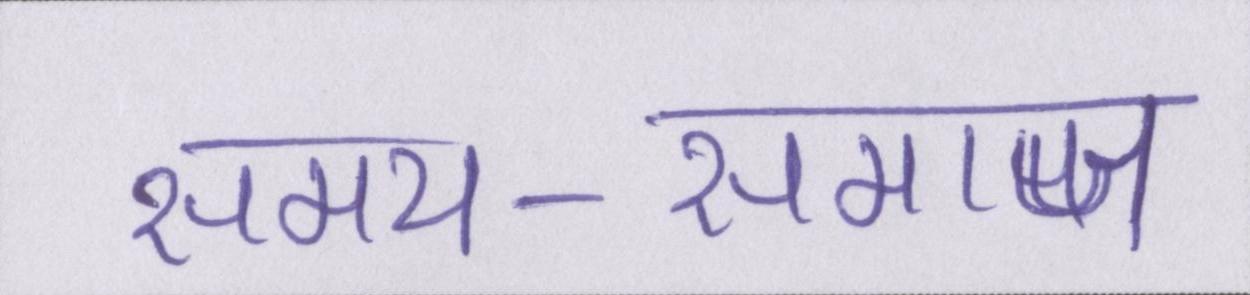
समय-समाज